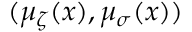
( \mu _ { \zeta } ( x ) , \mu _ { { \sigma } } ( x ) )